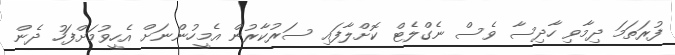
ފުރަތަމަ ދިމާވި ހާދިސާ ވެސް ނެގްލެޓް ކޮށްލާފައި ސަރުކާރުން އެމީހުންނަށް އެހީވުމަށްފަހު ދެން